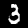
Label: 3